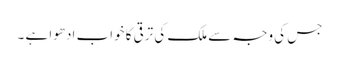
جس کی وجہ سے ملک کی ترقی کا خواب ادھوا ہے ۔